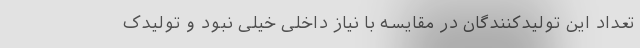
تعداد این تولیدکنندگان در مقایسه با نیاز داخلی خیلی نبود و تولیدک